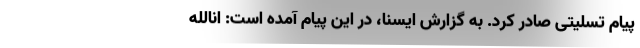
پیام تسلیتی صادر کرد. به گزارش ایسنا، در این پیام آمده است: انالله